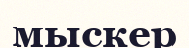
мыскер